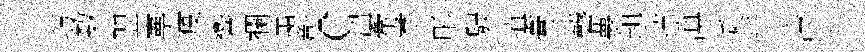
巧数翌寕疫響襴䔥彰c溫牽孝彤駸瑱膏磬夢趄蓮滇乘迁泠